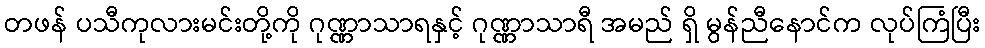
တဖန် ပသီကုလားမင်းတို့ကို ဂုဏ္ဏာသာရနှင့် ဂုဏ္ဏာသာရီ အမည် ရှိ မွန်ညီနောင်က လုပ်ကြံပြီး